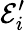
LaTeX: \mathcal{E}_{i}^{\prime}